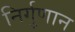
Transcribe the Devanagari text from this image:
निर्गुणान